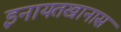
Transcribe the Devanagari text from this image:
इनायतखानास